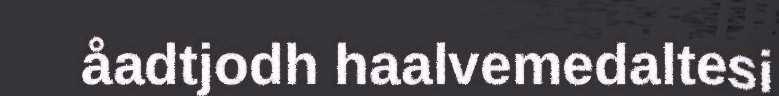
åadtjodh haalvemedaltesi